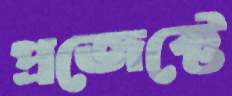
প্রজেক্টে